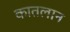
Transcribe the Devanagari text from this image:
कातलान